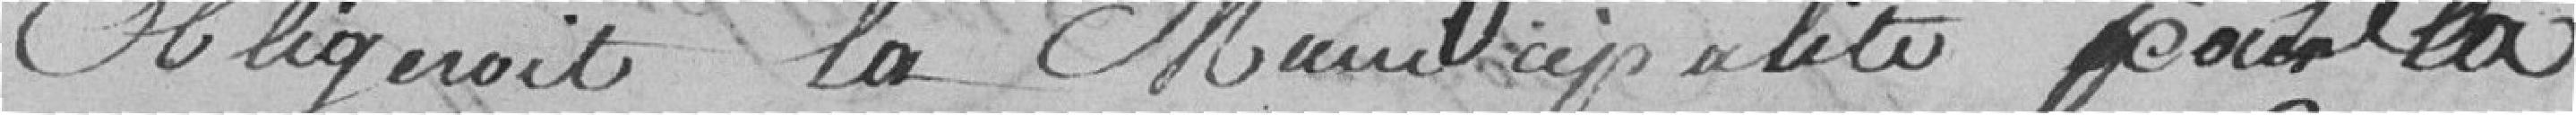
Obligerait la Municipalité pour la